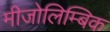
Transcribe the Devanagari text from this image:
मीजोलिम्बिक